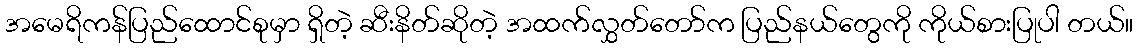
အမေရိကန်ပြည်ထောင်စုမှာ ရှိတဲ့ ဆီးနိတ်ဆိုတဲ့ အထက်လွှတ်တော်က ပြည်နယ်တွေကို ကိုယ်စားပြုပါ တယ်။